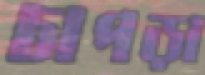
চাপড়া